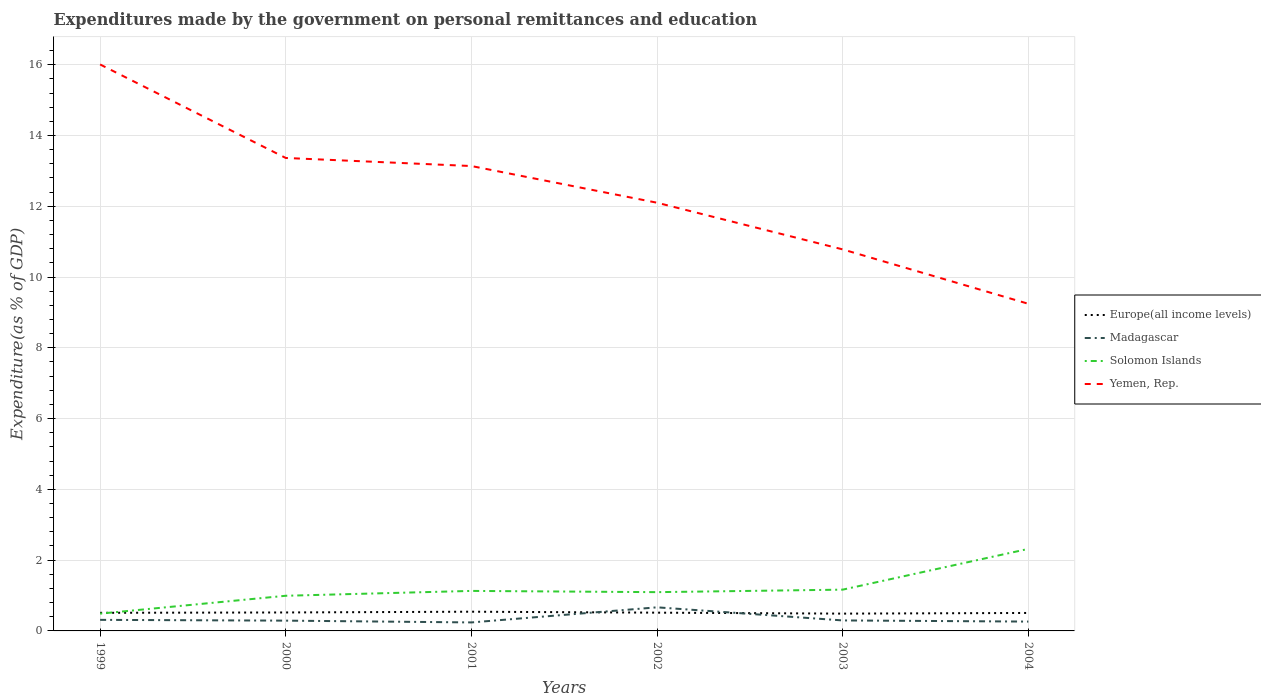
| Years | Europe(all income levels) | Madagascar | Solomon Islands | Yemen, Rep. |
 | --- | --- | --- | --- | --- |
 | 1999 | 0.512 | 0.313 | 0.489 | 16 |
 | 2000 | 0.522 | 0.291 | 0.994 | 13.4 |
 | 2001 | 0.543 | 0.24 | 1.13 | 13.1 |
 | 2002 | 0.516 | 0.667 | 1.1 | 12.1 |
 | 2003 | 0.489 | 0.297 | 1.17 | 10.8 |
 | 2004 | 0.508 | 0.264 | 2.32 | 9.24 |